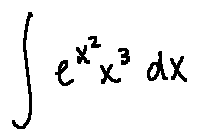
\int e ^ { x ^ { 2 } } x ^ { 3 } d x